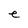
Character: e